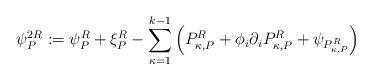
LaTeX: \begin{align*}\psi_P^{2R}:=\psi_P^R+\xi_P^R-\sum_{\kappa=1}^{k-1}\Big(P_{\kappa,P}^R+\phi_i \partial_i P_{\kappa,P}^R+\psi_{P_{\kappa,P}^R}\Big)\end{align*}